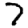
Digit: 7